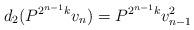
LaTeX: \begin{align*}d_2(P^{2^{n-1} k} v_n ) = P^{2^{n-1} k} v_{n-1}^2\end{align*}